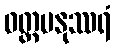
ဝတ္တမနုဿရံ